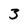
Character: 3